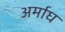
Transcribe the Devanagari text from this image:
अर्माघ